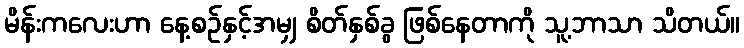
မိန်းကလေးဟာ နေ့စဉ်နှင့်အမျှ စိတ်နှစ်ခွ ဖြစ်နေတာကို သူ့ဘာသာ သိတယ်။